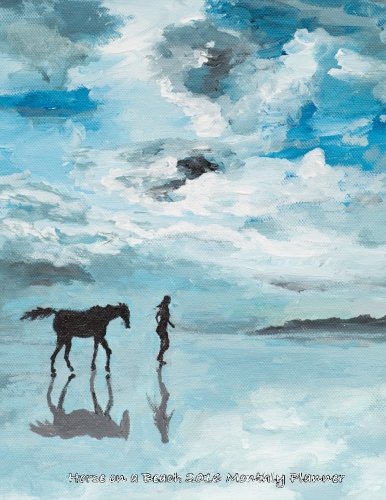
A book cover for Horse on a Beach 2016 Monthly Planner; Laura's Cute Planners; Business & Money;